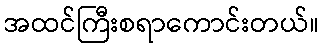
အထင်ကြီးစရာကောင်းတယ်။